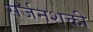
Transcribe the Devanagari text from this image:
सर्जनशक्ती